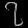
Digit: ၇